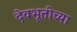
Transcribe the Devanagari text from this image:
देवभूतीच्या